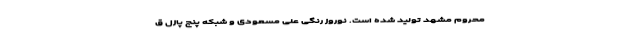
محروم مشهد تولید شده است. نوروز رنگی علی مسعودی و شبکه پنج پازل ق